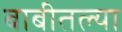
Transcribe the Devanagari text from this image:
बाबीतल्या